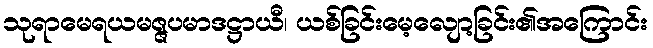
သုရာမေရယမဇ္ဇပမာဒဋ္ဌာယီ၊ ယစ်ခြင်းမေ့လျော့ခြင်း၏အကြောင်း